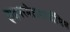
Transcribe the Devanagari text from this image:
हाइपरमेटामार्फ़ोसिस